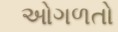
ઓગળતો